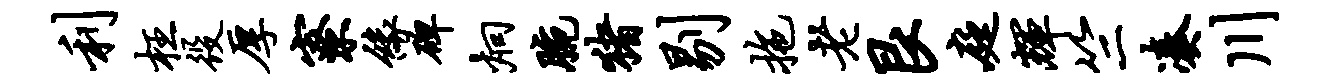
利枉役厚寮缘碑炯腕猪剔拖老艮庭辉竺凑川